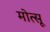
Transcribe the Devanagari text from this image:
मोत्सू